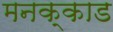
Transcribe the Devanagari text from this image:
मनक्काड